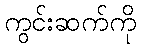
ကွင်းဆက်ကို